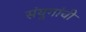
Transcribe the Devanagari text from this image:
संयुगांची